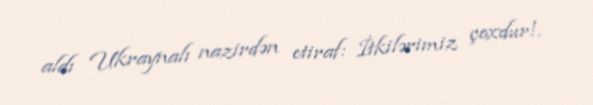
aldı Ukraynalı nazirdən etiraf: İtkilərimiz çoxdur!.